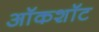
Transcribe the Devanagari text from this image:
ऑकशॉट